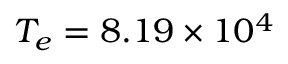
T _ { e } = 8 . 1 9 \times 1 0 ^ { 4 }